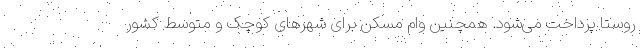
روستا پرداخت می‌شود. همچنین وام مسکن برای شهرهای کوچک و متوسط کشور